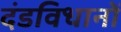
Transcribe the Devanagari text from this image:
दंडविधानों